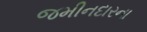
જમીનદારના